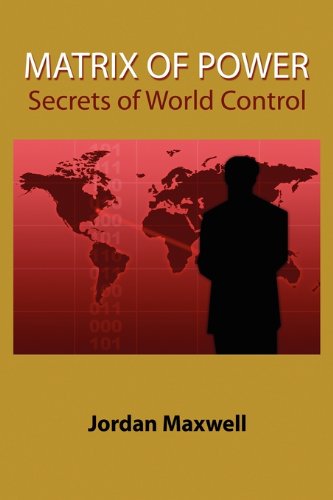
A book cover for Matrix of Power:How the World Has Been Controlled By Powerful People Without Your Knowledge; Jordan Maxwell; Religion & Spirituality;